Vaccination in the Punjab 1897-1904 - 1897-1904
Year: 1897
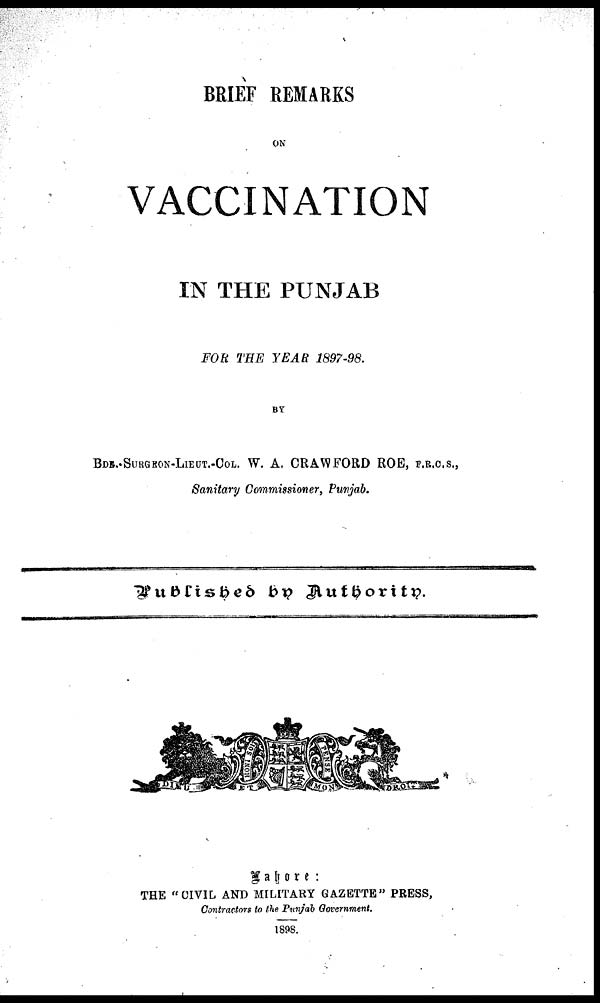
BRIEF REMARKS
ON
VACCINATION
IN THE PUNJAB
FOR THE YEAR 1897-98.
BY
BDE. SURGRON-LIEUT.-COL. W. A. CRAWFORD ROE F.R.C.S.,
Sanitary Commissioner, Punjab,
Published by Authority.
\img\
Lahore :
THE "CIVIL AND MILITARY GAZETTE" PRESS,
Contractors to the Punjab Government.
1898.